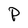
Character: P